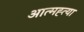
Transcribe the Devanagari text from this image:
आत्‍मह्त्‍या